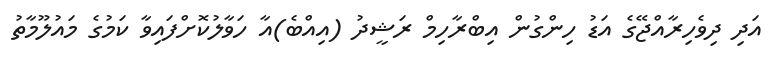
އަދި ދިވެހިރާއްޖޭގެ އަޑު ހިންގުން އިބްރާހިމް ރަޝީދު (އިއްބެ)އާ ހަވާލުކޮށްފައިވާ ކަމުގެ މައުލޫމާތު